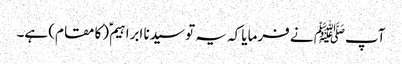
آپﷺ نے فرمایا کہ یہ تو سیدنا ابراہیمؑ (کا مقام) ہے۔